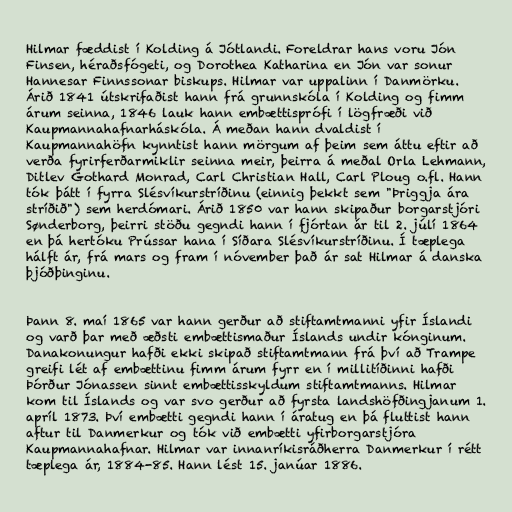
Hilmar fæddist í Kolding á Jótlandi. Foreldrar hans voru Jón
Finsen, héraðsfógeti, og Dorothea Katharina en Jón var sonur
Hannesar Finnssonar biskups. Hilmar var uppalinn í Danmörku.
Árið 1841 útskrifaðist hann frá grunnskóla í Kolding og fimm
árum seinna, 1846 lauk hann embættisprófi í lögfræði við
Kaupmannahafnarháskóla. Á meðan hann dvaldist í
Kaupmannahöfn kynntist hann mörgum af þeim sem áttu eftir að
verða fyrirferðarmiklir seinna meir, þeirra á meðal Orla Lehmann,
Ditlev Gothard Monrad, Carl Christian Hall, Carl Ploug o.fl. Hann
tók þátt í fyrra Slésvíkurstríðinu (einnig þekkt sem "Þriggja ára
stríðið") sem herdómari. Árið 1850 var hann skipaður borgarstjóri
Sønderborg, þeirri stöðu gegndi hann í fjórtan ár til 2. júlí 1864
en þá hertóku Prússar hana í Síðara Slésvíkurstríðinu. Í tæplega
hálft ár, frá mars og fram í nóvember það ár sat Hilmar á danska
þjóðþinginu.

Þann 8. maí 1865 var hann gerður að stiftamtmanni yfir Íslandi
og varð þar með æðsti embættismaður Íslands undir kónginum.
Danakonungur hafði ekki skipað stiftamtmann frá því að Trampe
greifi lét af embættinu fimm árum fyrr en í millitíðinni hafði
Þórður Jónassen sinnt embættisskyldum stiftamtmanns. Hilmar
kom til Íslands og var svo gerður að fyrsta landshöfðingjanum 1.
apríl 1873. Því embætti gegndi hann í áratug en þá fluttist hann
aftur til Danmerkur og tók við embætti yfirborgarstjóra
Kaupmannahafnar. Hilmar var innanríkisráðherra Danmerkur í rétt
tæplega ár, 1884-85. Hann lést 15. janúar 1886.